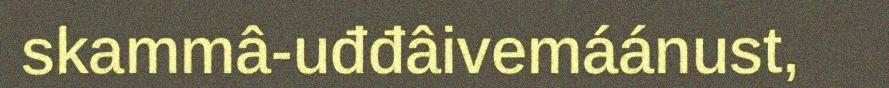
skammâ-uđđâivemáánust,